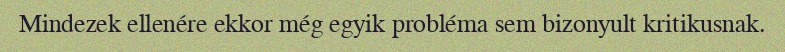
Mindezek ellenére ekkor még egyik probléma sem bizonyult kritikusnak.